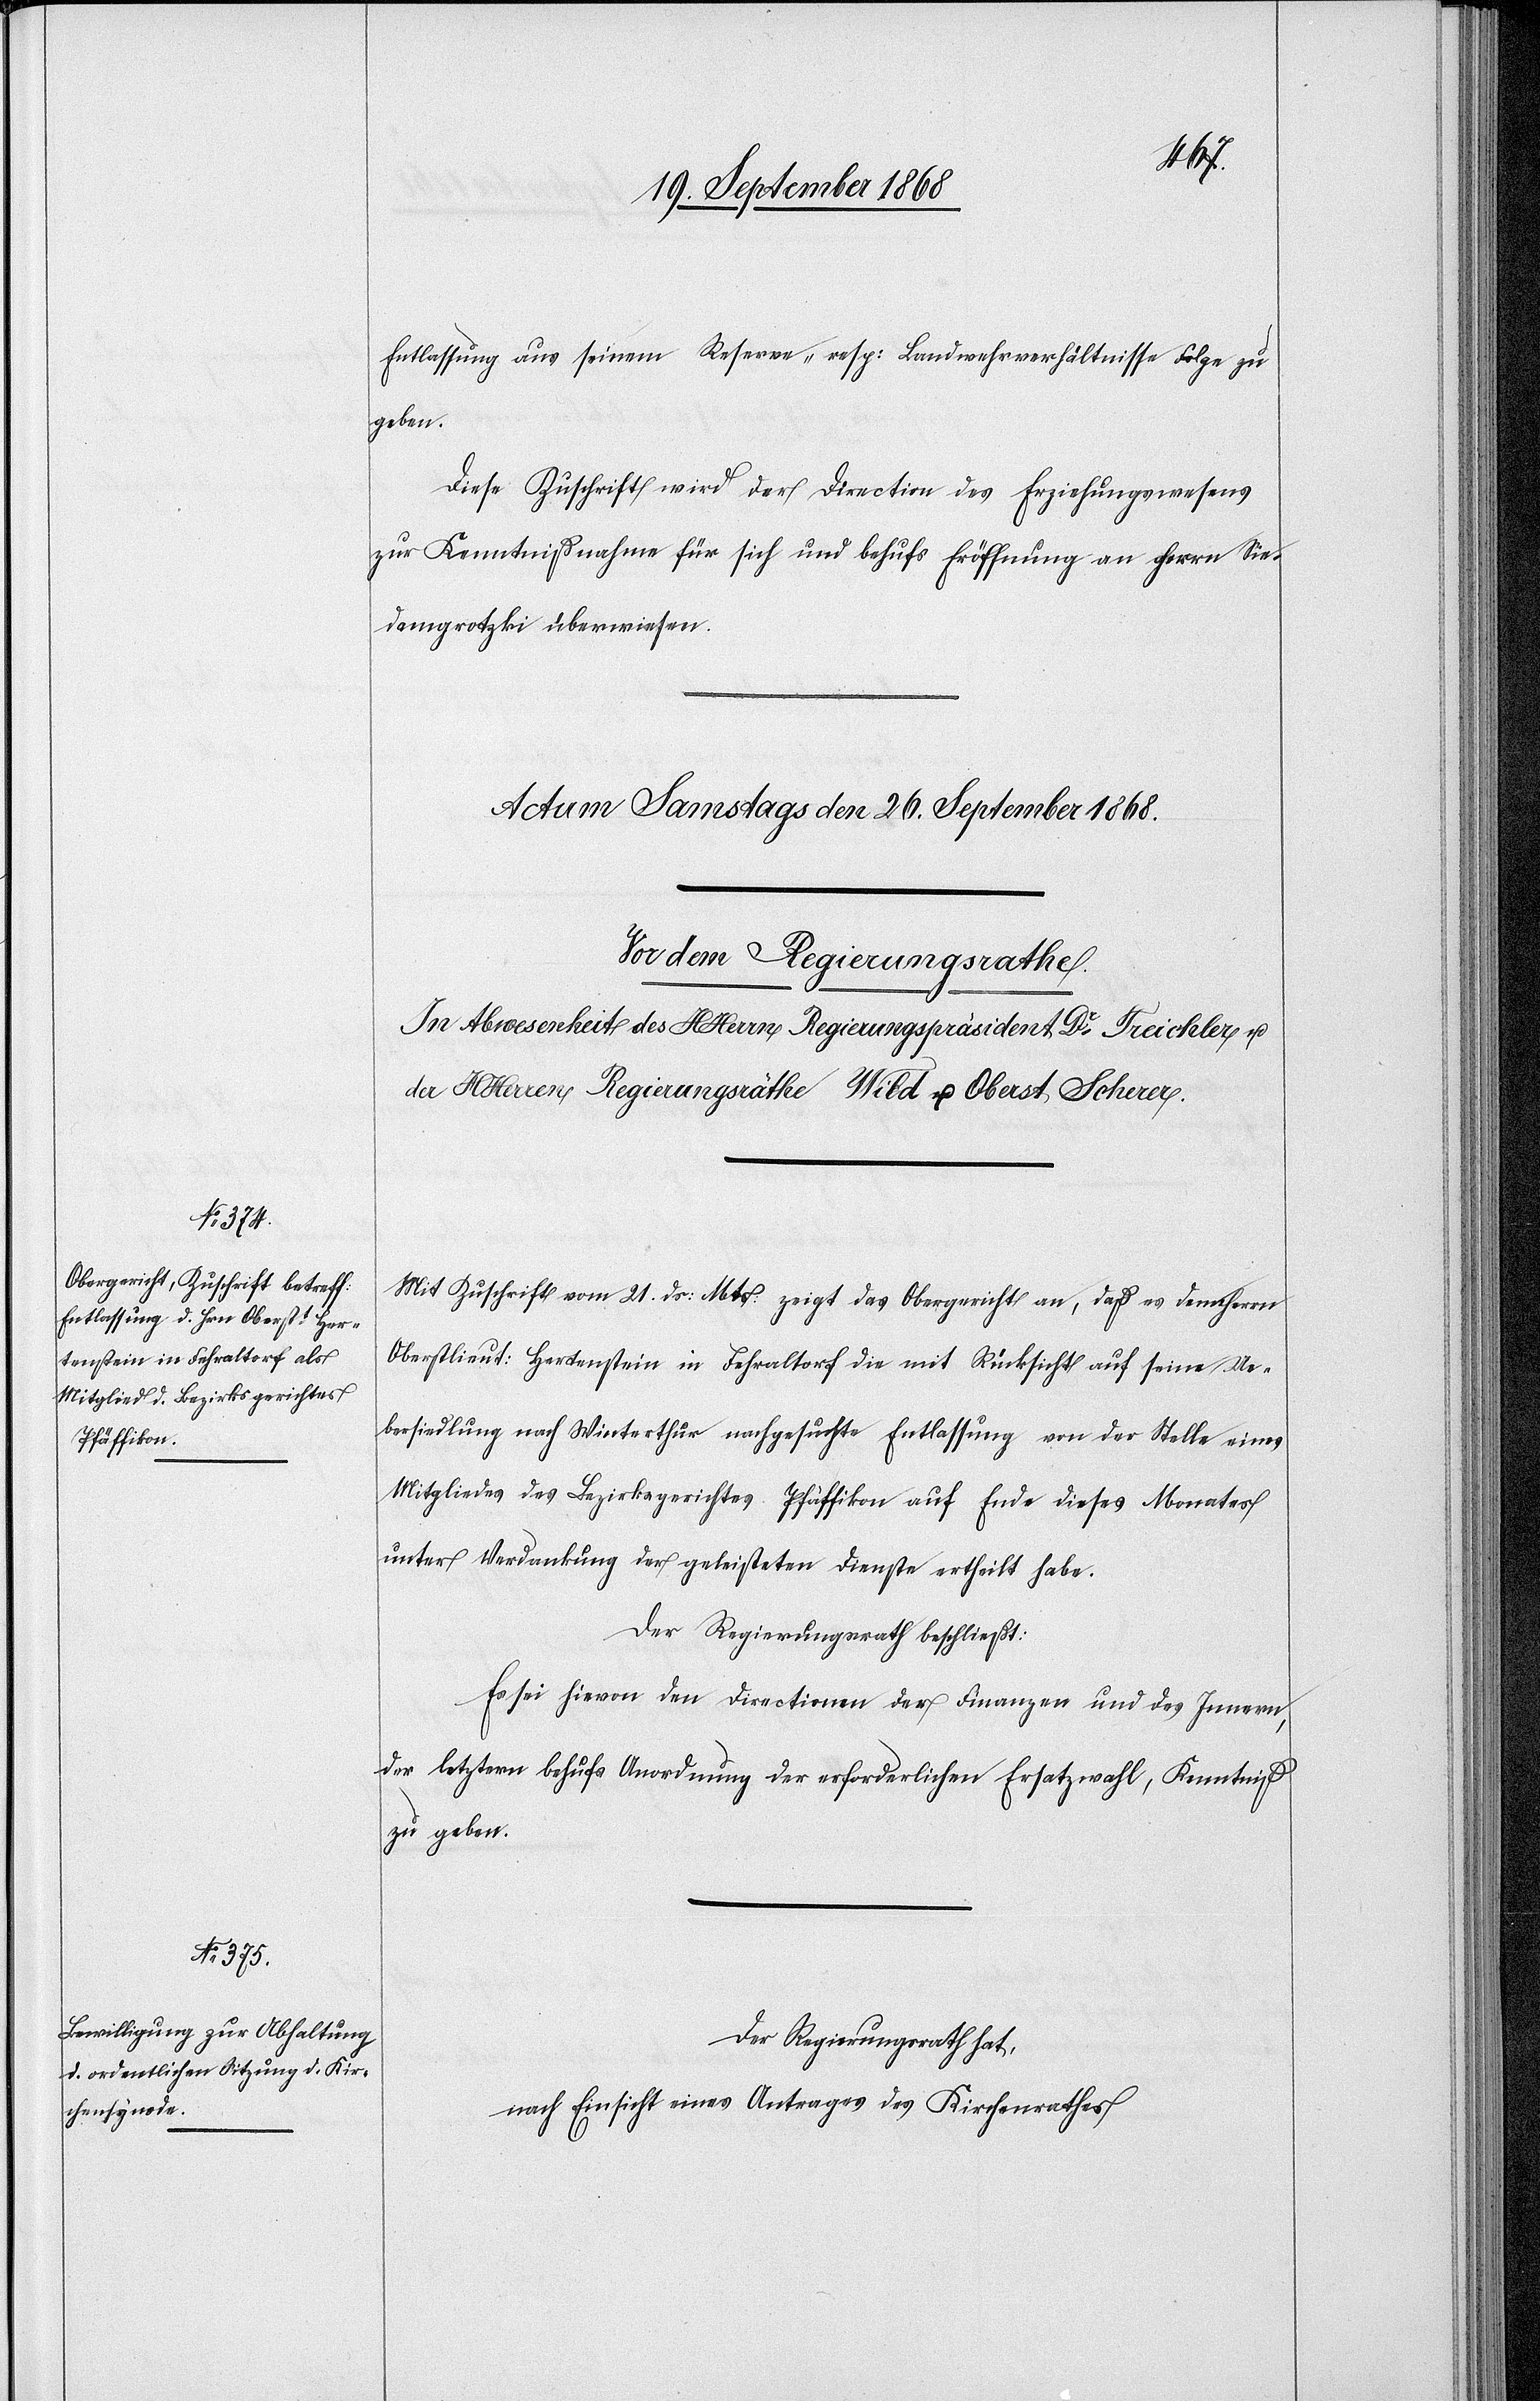
Entlassung aus seinem Reserve- resp: Landwehrverhältnisse Folge zu
geben.
Diese Zuschrift wird der Direction des Erziehungswesens
zur Kenntnißnahme für sich und behufs Eröffnung an Herrn Sie¬
damgrotzki überwiesen.
Mit Zuschrift vom 21. ds: Mts: zeigt das Obergericht an, daß es dem Herrn
Oberstlieut: Hertenstein in Fehraltorf die mit Rücksicht auf seine Ue¬
bersiedlung nach Winterthur nachgesuchte Entlassung von der Stelle eines
Mitgliedes des Bezirksgerichtes Pfäffikon auf Ende dieses Monates
unter Verdankung der geleisteten Dienste ertheilt habe.
Der Regierungsrath beschließt:
Es sei hievon den Directionen der Finanzen und des Innern,
der letztern behufs Anordnung der erforderlichen Ersatzwahl, Kenntniß
zu geben.
Der Regierungsrath hat,
nach Einsicht eines Antrages des Kirchenrathes